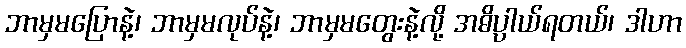
ဘာမှမပြောနဲ့၊ ဘာမှမလုပ်နဲ့၊ ဘာမှမတွေးနဲ့လို့ အဓိပ္ပာယ်ရတယ်၊ ဒါဟာ